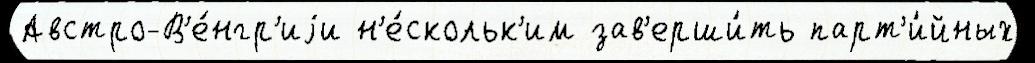
Австро-В'е́нгр'иjи н'е́скольк'им зав'ерши́ть парт'и́йных